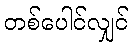
တစ်ပေါင်လျှင်